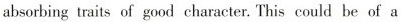
absorbing traits of good character. This could be of a